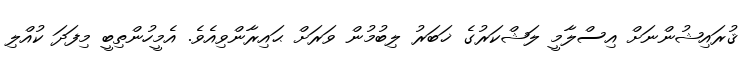
ޤުރައިޝުންނަށް އިސްލާމީ ލަޝްކަރުގެ ޚަބަރު ލިބުމުން ވަރަށް ޙައިރާންވިއެވެ. އެމީހުންތިބީ މިފަދަ ކުއްލި